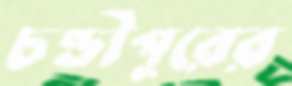
চণ্ডীপুরের